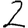
Digit: 2